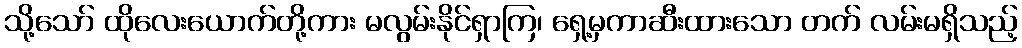
သို့သော် ထိုလေးယောက်တို့ကား မလွမ်းနိုင်ရှာကြ၊ ရှေ့မှကာဆီးထားသော တက် လမ်းမရှိသည့်